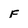
Character: F